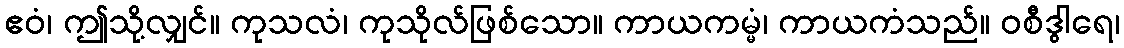
ဧဝံ၊ ဤသို့လျှင်။ ကုသလံ၊ ကုသိုလ်ဖြစ်သော။ ကာယကမ္မံ၊ ကာယကံသည်။ ဝစီဒွါရေ၊